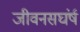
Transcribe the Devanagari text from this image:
जीवनसघंर्ष